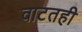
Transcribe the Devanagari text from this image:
वाटतही